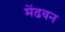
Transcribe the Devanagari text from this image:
मेंढवन